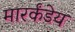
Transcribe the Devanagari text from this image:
मारर्कंडेय